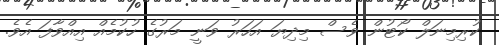
ކުރިމިނަލް ކޯޓުން ވެސް މިދިޔަ އަހަރު ވަނީ މަރުގެ ހުކުމެއް އިއްވާފަ އެވެ.